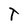
Character: T